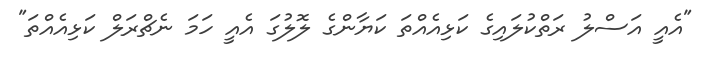
"އެއީ އަސްލު ރަތްކުލައިގެ ކަޅިއެއްތަ ކަޔާންގެ ލޮލުގަ އެއީ ހަމަ ނެޗްރަލް ކަޅިއެއްތަ"